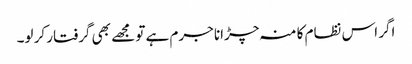
اگر اس نظام کا منہ چڑانا جرم ہے تو مجھے بھی گرفتار کر لو۔